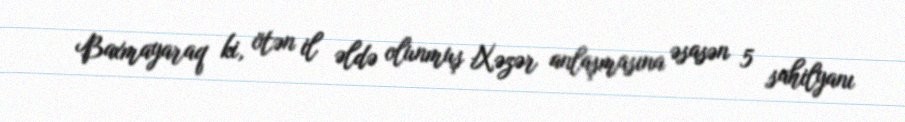
Baxmayaraq ki, ötən il əldə olunmuş Xəzər anlaşmasına əsasən 5 sahilyanı